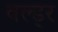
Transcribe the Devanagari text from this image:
वल्ड्र